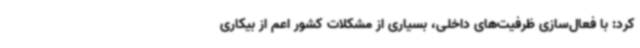
کرد: با فعال‌سازی ظرفیت‌های داخلی، بسیاری از مشکلات کشور اعم از بیکاری